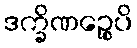
ဒက္ခိဏဉ္စေပိ